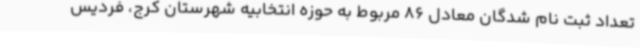
تعداد ثبت نام شدگان معادل 86 مربوط به حوزه انتخابیه شهرستان کرج، فردیس